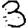
Digit: 3